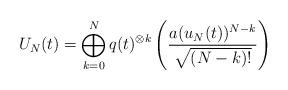
LaTeX: \begin{align*}U_N(t)=\bigoplus_{k=0}^N q(t)^{\otimes k} \left( \frac{a(u_N(t))^{N-k}}{\sqrt{(N-k)!}} \right)\end{align*}